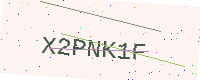
Text: X2PNK1F